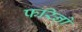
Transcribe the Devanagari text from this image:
फरिनो